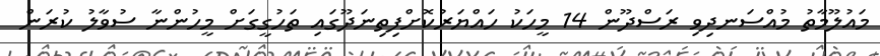
މައުލޫމާތު މުއްސަނދިވި ރަސްދޫން 14 މީހަކު ހައްޔަރުކޮށްފިތިނަދޫގައި ތަހުގީގަށް މީހުންނާ ސުވާލު ކުރަން